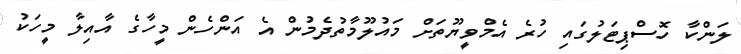
ލަންކާ ހޮސްޕިޓަލުގައި ހުރެ އެމްވީޔޫތަށް މައުލޫމާތުދެމުން އެ އަންހެން މީހާގެ އާއިލާ މީހަކު